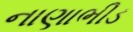
નાણાભીડ